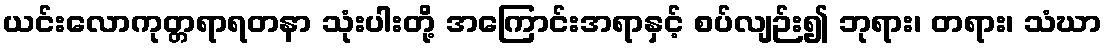
ယင်းလောကုတ္တရာရတနာ သုံးပါးတို့ အကြောင်းအရာနှင့် စပ်လျဉ်း၍ ဘုရား၊ တရား၊ သံဃာ